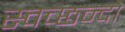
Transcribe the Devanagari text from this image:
स्वच्छन्दो